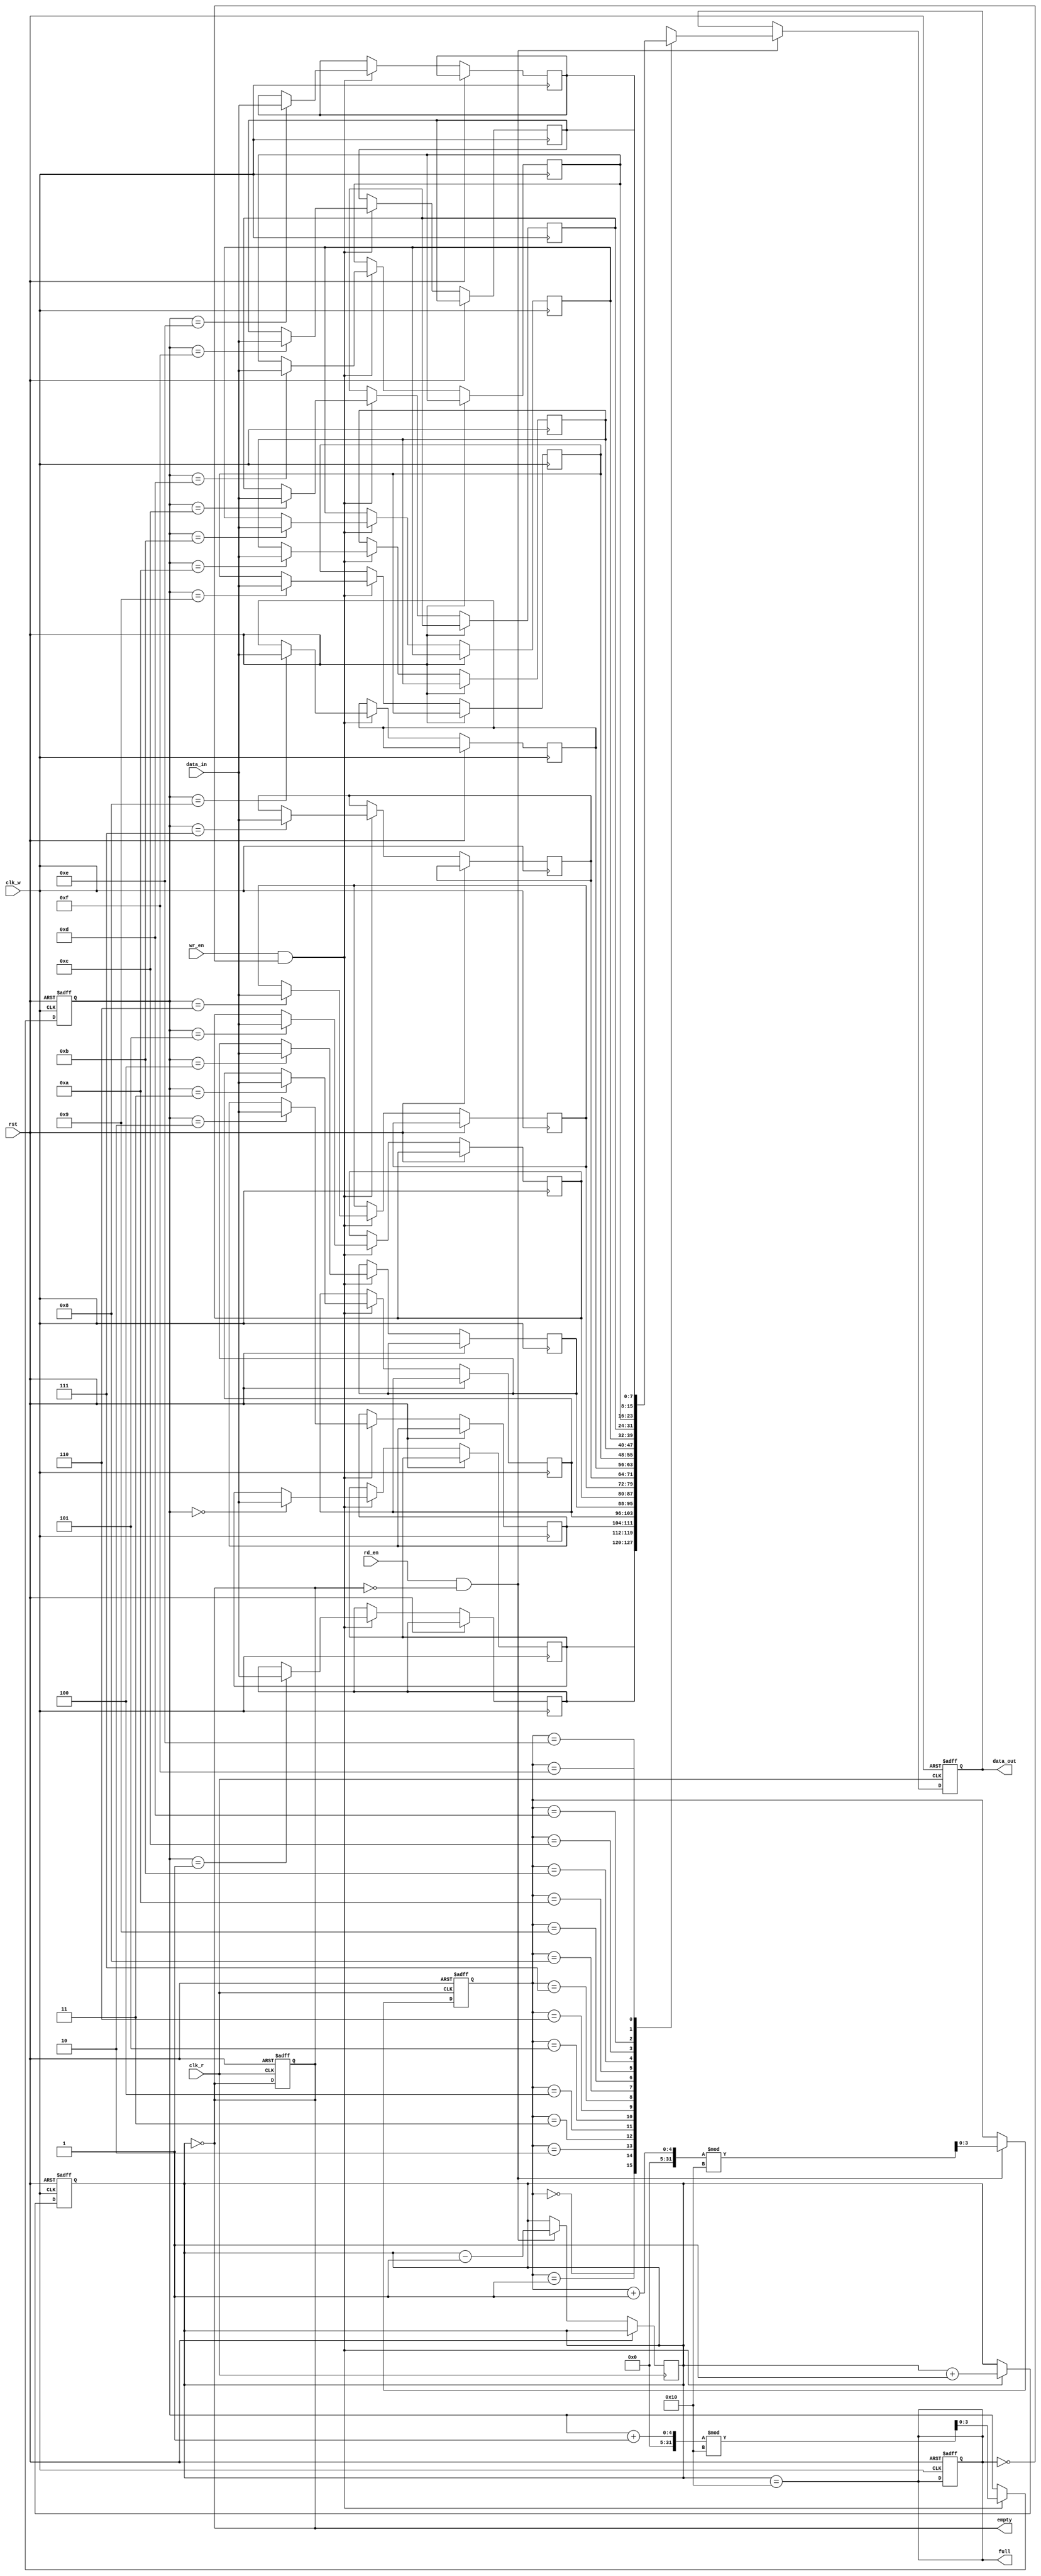
module dual_clock_fifo #(
    parameter DATA_WIDTH = 8,  // Width of the data
    parameter FIFO_DEPTH = 16   // Depth of the FIFO
)(
    input wire clk_w,           // Write clock
    input wire clk_r,           // Read clock
    input wire rst,             // Asynchronous reset
    input wire wr_en,           // Write enable
    input wire rd_en,           // Read enable
    input wire [DATA_WIDTH-1:0] data_in, // Data input
    output reg [DATA_WIDTH-1:0] data_out, // Data output
    output reg full,            // FIFO full flag
    output reg empty            // FIFO empty flag
);

    // Memory array
    reg [DATA_WIDTH-1:0] fifo_mem [0:FIFO_DEPTH-1];
    
    // Write and read pointers
    reg [$clog2(FIFO_DEPTH)-1:0] wr_ptr;
    reg [$clog2(FIFO_DEPTH)-1:0] rd_ptr;
    reg [$clog2(FIFO_DEPTH+1)-1:0] count; // Count of items in FIFO

    // Asynchronous reset
    always @(posedge clk_w or posedge rst) begin
        if (rst) begin
            wr_ptr <= 0;
            count <= 0;
            full <= 0;
        end else if (wr_en && !full) begin
            fifo_mem[wr_ptr] <= data_in; // Write data
            wr_ptr <= (wr_ptr + 1) % FIFO_DEPTH; // Increment write pointer
            count <= count + 1; // Increment count
        end
    end

    always @(posedge clk_r or posedge rst) begin
        if (rst) begin
            rd_ptr <= 0;
            data_out <= 0;
            empty <= 1;
        end else if (rd_en && !empty) begin
            data_out <= fifo_mem[rd_ptr]; // Read data
            rd_ptr <= (rd_ptr + 1) % FIFO_DEPTH; // Increment read pointer
            count <= count - 1; // Decrement count
        end
    end

    // Update full and empty flags
    always @(*) begin
        full = (count == FIFO_DEPTH);
        empty = (count == 0);
    end

endmodule